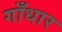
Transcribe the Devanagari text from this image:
गाँधार